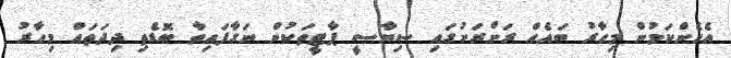
އެހެންކަމުން މިހާރު ބައެއް ރަށްރަށުގައި ސިޔާސީ ޕާޓީތަކުން ނަގާފައިވާ ބޮޑެތި ދިދަތައް މިހާރު